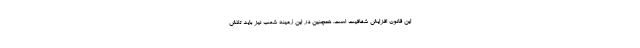
این قانون افزایش شفافیت است. همچنین در این زمینه شعب نیز باید تلاش